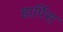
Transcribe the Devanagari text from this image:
हार्पिस